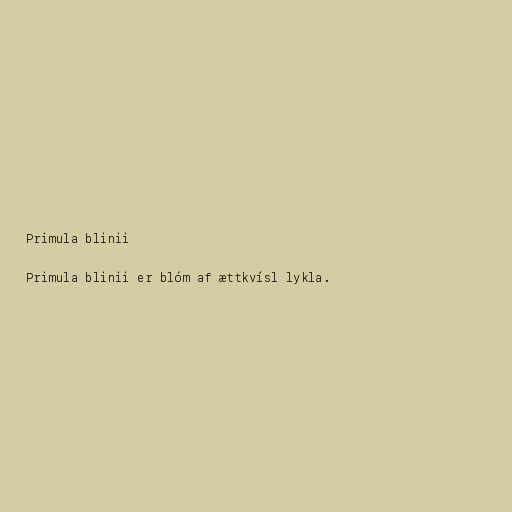
Primula blinii

Primula blinii er blóm af ættkvísl lykla.